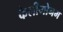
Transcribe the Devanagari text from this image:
केलीगोनम